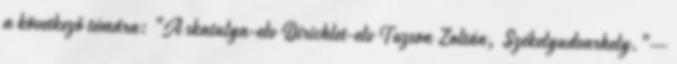
a következő témára: "A skatulya-elv Dirichlet-elv Tuzson Zoltán, Székelyudvarhely."—